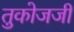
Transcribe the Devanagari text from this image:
तुकोजजी